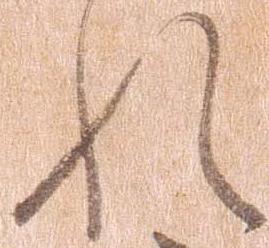
れ